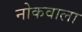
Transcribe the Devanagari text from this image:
नोकवाला